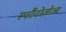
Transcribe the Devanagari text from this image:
स्पर्टैटोज़ोआ